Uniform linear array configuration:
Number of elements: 48
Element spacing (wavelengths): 0.75
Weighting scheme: hann
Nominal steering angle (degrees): -60
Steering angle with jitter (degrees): -60.971
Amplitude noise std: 0.05
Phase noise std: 0.05

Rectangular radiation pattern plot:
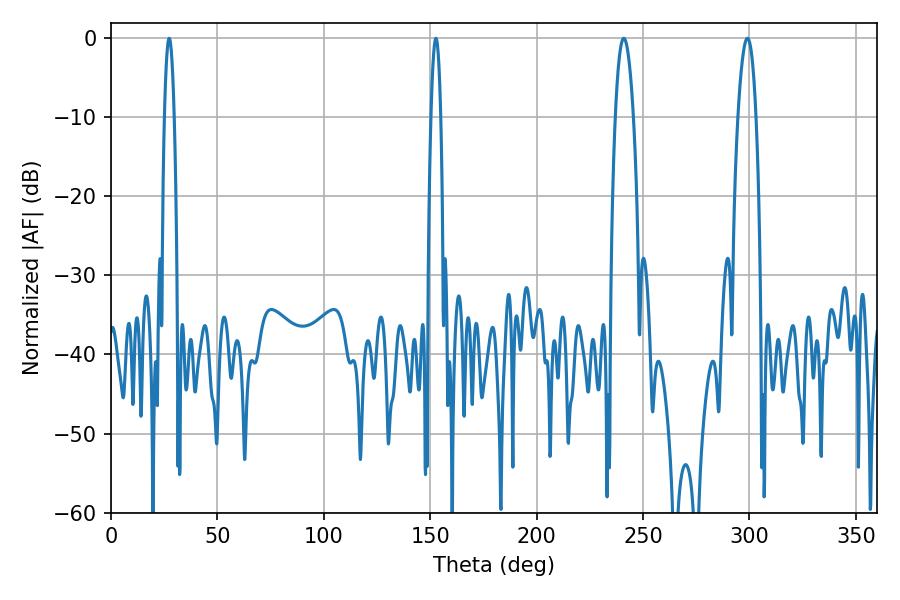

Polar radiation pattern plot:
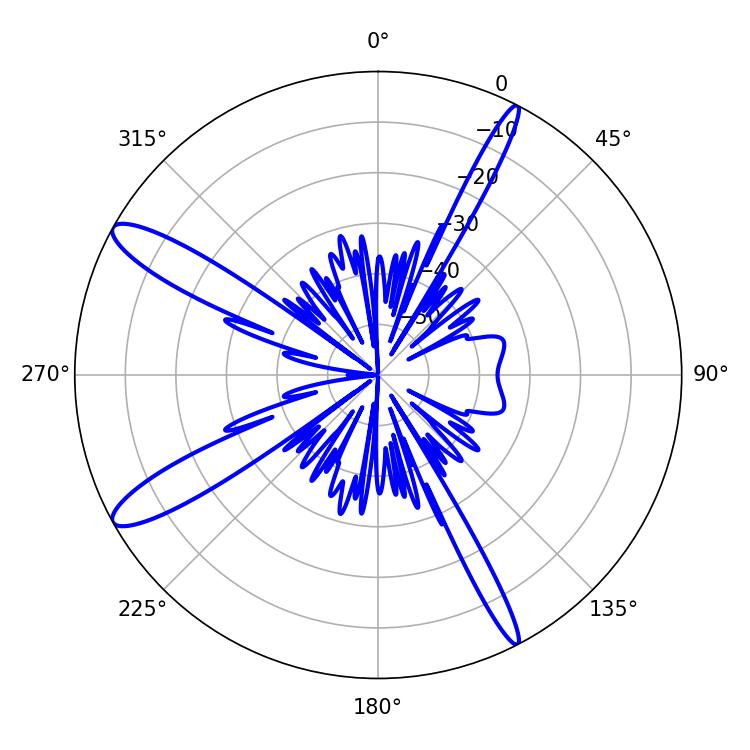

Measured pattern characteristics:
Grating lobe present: TRUE
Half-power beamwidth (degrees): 2.52
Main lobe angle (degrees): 27.36